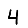
Digit: 4